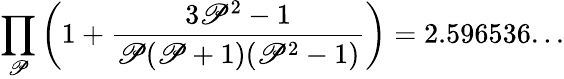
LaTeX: \prod_{\mathscr{P}}\left(1+{\frac{{3\mathscr{P}^{2}-1}}{{\mathscr{P}(\mathscr{P}+1)(\mathscr{P}^{2}-1)}}}\right)=2.596536...